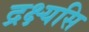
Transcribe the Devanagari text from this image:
द्रक्ष्यसि